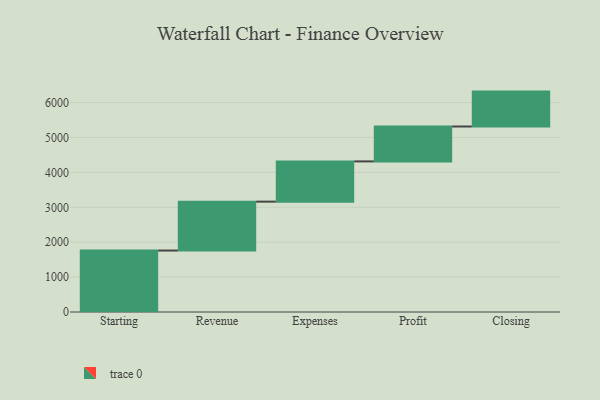
{"axis": {"x": "Step", "y": "Value"}, "legend": [""], "data": [{"x": "Starting", "y": 1761.0, "type": ""}, {"x": "Revenue", "y": 1401.0, "type": ""}, {"x": "Expenses", "y": 1153.0, "type": ""}, {"x": "Profit", "y": 1000, "type": ""}, {"x": "Closing", "y": 1000, "type": ""}]}